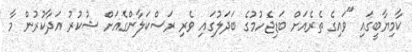
ކާމިޔާބީގައި "ވައިގެ ތެރެއަށް ބަޑިޖެހުމުގެ ބަދަލުގައި ވެރި ރަސްކަލާންގެއަށް ޝުކުުރު އަދާކުރުން މާ